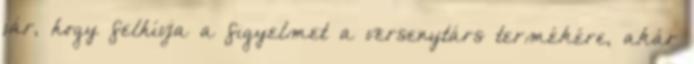
jár, hogy felhívja a figyelmet a versenytárs termékére, akár